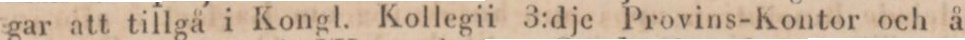
gar att tillgå i Kongl. Kollegii 3:dje Provins-Kontor och å